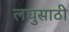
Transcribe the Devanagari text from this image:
लघुसाठी